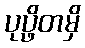
ပုပ္ဖိတမှိ